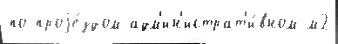
по проjе́здом адм'ин'истрат'и́вном м2